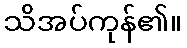
သိအပ်ကုန်၏။